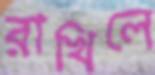
রাখিলে